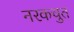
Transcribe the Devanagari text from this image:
नरकचुत